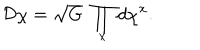
{ \cal D } \chi = \sqrt { G } \ \prod _ { x } d \chi ^ { x } .